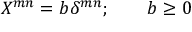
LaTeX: X ^ { m n } = b \delta ^ { m n } ; \qquad b \geq 0